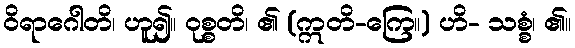
ဝိရာဂေါတိ၊ ဟူ၍။ ဝုစ္စတိ၊ ၏ (ဣတိ-ကြေ။) ဟိ- သစ္စံ၊ ၏။